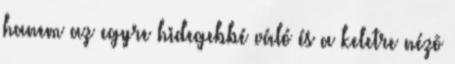
hanem az egyre hidegebbé váló és a keletre nézõ